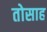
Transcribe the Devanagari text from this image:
तोसाह